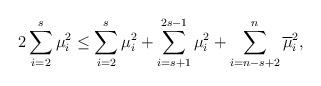
LaTeX: \begin{align*}2\sum_{i=2}^{s}\mu_{i}^{2}\leq\sum_{i=2}^{s}\mu_{i}^{2}+\sum_{i=s+1}^{2s-1}\mu_{i}^{2}+\sum_{i=n-s+2}^{n}\overline{\mu}_{i}^{2}, \end{align*}